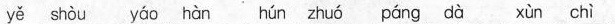
yě shòu yáo hàn hún zhuó páng dà xùn chì